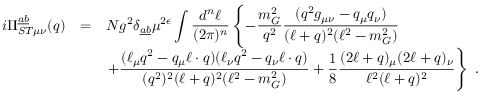
\begin{array} { r c l } { { i \Pi _ { S T \mu \nu } ^ { \underline { { { a } } } \underline { { { b } } } } ( q ) } } & { { = } } & { { N g ^ { 2 } \delta _ { \underline { { { a } } } \underline { { { b } } } } \mu ^ { 2 \epsilon } \displaystyle \int \displaystyle \frac { d ^ { n } \ell } { ( 2 \pi ) ^ { n } } \left\{ - \displaystyle \frac { m _ { G } ^ { 2 } } { q ^ { 2 } } \displaystyle \frac { ( q ^ { 2 } g _ { \mu \nu } - q _ { \mu } q _ { \nu } ) } { ( \ell + q ) ^ { 2 } ( \ell ^ { 2 } - m _ { G } ^ { 2 } ) } \right. } } \\ { { } } & { { } } & { { \displaystyle \left. + \frac { ( \ell _ { \mu } q ^ { 2 } - q _ { \mu } \ell \cdot q ) ( \ell _ { \nu } q ^ { 2 } - q _ { \nu } \ell \cdot q ) } { ( q ^ { 2 } ) ^ { 2 } ( \ell + q ) ^ { 2 } ( \ell ^ { 2 } - m _ { G } ^ { 2 } ) } + \frac { 1 } { 8 } \frac { ( 2 \ell + q ) _ { \mu } ( 2 \ell + q ) _ { \nu } } { \ell ^ { 2 } ( \ell + q ) ^ { 2 } } \right\} \; . } } \end{array}